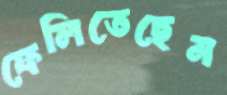
ফেলিতেছেন